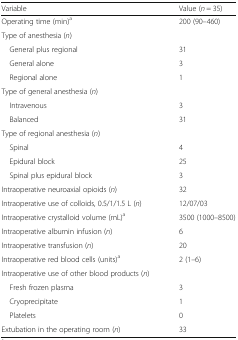
<table><thead><tr><td><b>Variable</b></td><td><b>Value (<i>n</i> = 35)</b></td></tr></thead><tbody><tr><td>Operating time (min)<sup>a</sup></td><td>200 (90–460)</td></tr><tr><td colspan="2">Type of anesthesia (<i>n</i>)</td></tr><tr><td> General plus regional</td><td>31</td></tr><tr><td> General alone</td><td>3</td></tr><tr><td> Regional alone</td><td>1</td></tr><tr><td colspan="2">Type of general anesthesia (<i>n</i>)</td></tr><tr><td> Intravenous</td><td>3</td></tr><tr><td> Balanced</td><td>31</td></tr><tr><td colspan="2">Type of regional anesthesia (<i>n</i>)</td></tr><tr><td> Spinal</td><td>4</td></tr><tr><td> Epidural block</td><td>25</td></tr><tr><td> Spinal plus epidural block</td><td>3</td></tr><tr><td>Intraoperative neuroaxial opioids (<i>n</i>)</td><td>32</td></tr><tr><td>Intraoperative use of colloids, 0.5/1/1.5 L (<i>n</i>)</td><td>12/07/03</td></tr><tr><td>Intraoperative crystalloid volume (mL)<sup>a</sup></td><td>3500 (1000–8500)</td></tr><tr><td>Intraoperative albumin infusion (<i>n</i>)</td><td>6</td></tr><tr><td>Intraoperative transfusion (<i>n</i>)</td><td>20</td></tr><tr><td>Intraoperative red blood cells (units)<sup>a</sup></td><td>2 (1–6)</td></tr><tr><td colspan="2">Intraoperative use of other blood products (<i>n</i>)</td></tr><tr><td> Fresh frozen plasma</td><td>3</td></tr><tr><td> Cryoprecipitate</td><td>1</td></tr><tr><td> Platelets</td><td>0</td></tr><tr><td>Extubation in the operating room (<i>n</i>)</td><td>33</td></tr></tbody></table>